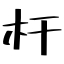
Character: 杆